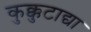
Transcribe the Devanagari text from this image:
कुक्कुटाद्या